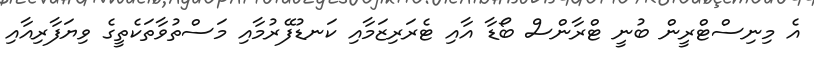
އެ މިނިސްޓްރީން ބުނީ ޓްރާންސް ބޯޑާ އާއި ޓެރަރިޒަމާއި ކަނޑުފޭރުމާއި މަސްތުވާތަކެތީގެ ވިޔަފާރިއާއި